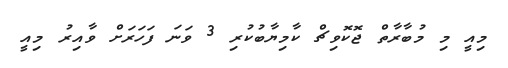
މިއީ މި މުބާރާތް ޖޮކޮވިޗް ކާމިޔާބުކުރި 3 ވަނަ ފަހަރަށް ވާއިރު މިއީ